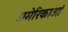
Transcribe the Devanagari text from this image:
अमेरिकाओं